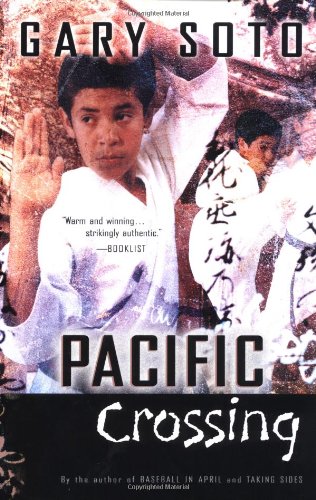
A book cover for Pacific Crossing; Gary Soto; Children's Books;